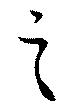
之